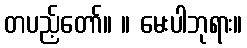
တပည့်တော်။ ။ မေးပါဘုရား။